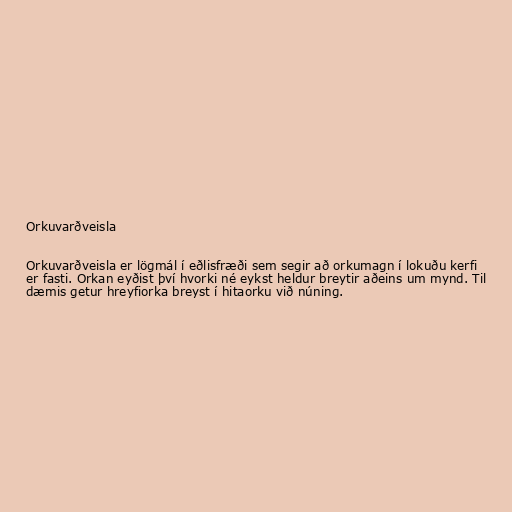
Orkuvarðveisla

Orkuvarðveisla er lögmál í eðlisfræði sem segir að orkumagn í lokuðu kerfi
er fasti. Orkan eyðist því hvorki né eykst heldur breytir aðeins um mynd. Til
dæmis getur hreyfiorka breyst í hitaorku við núning.